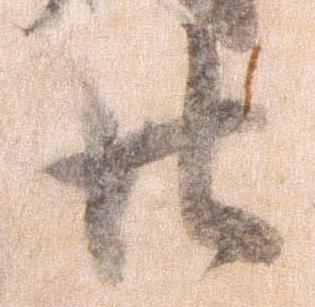
廿